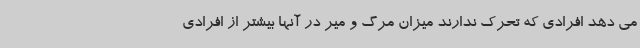
می دهد افرادی که تحرک ندارند میزان مرگ و میر در آنها بیشتر از افرادی